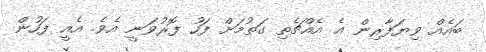
ބައެއް ވިޔަފާރިން އެެ އެއްޗެތި ގަތުމަށް ފަހު ފޮރުވަނީ އެވެ. އެއީ ފަހުން